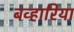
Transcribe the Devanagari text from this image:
बव्हारिया